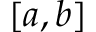
[ a , b ]